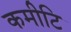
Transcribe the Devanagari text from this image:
कमीटि